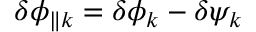
\delta \phi _ { \parallel { k } } = \delta \phi _ { k } - \delta \psi _ { k }